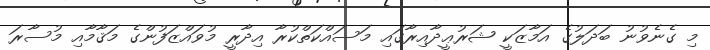
މި ގެނެވުނު ބަދަލުގެ އަމާޒަކީ ޝަރުޢީދާއިރާގައި މަސައްކަތްކުރާ އިދާރީ މުވައްޒަފުންގެ މަޤާމާއި މުސާރަ